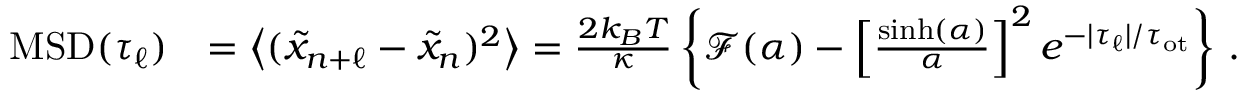
\begin{array} { r l } { \mathrm { M S D } ( \tau _ { \ell } ) } & { = \left\langle ( \tilde { x } _ { n + \ell } - \tilde { x } _ { n } ) ^ { 2 } \right\rangle = \frac { 2 k _ { B } T } { \kappa } \left\{ \mathcal { F } ( \alpha ) - \left[ \frac { \sinh ( \alpha ) } { \alpha } \right] ^ { 2 } e ^ { - | \tau _ { \ell } | / \tau _ { \mathrm { o t } } } \right\} \, . } \end{array}